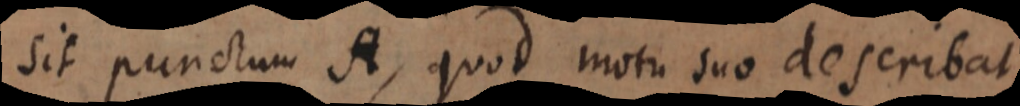
sit punctum A, quod motu suo describat